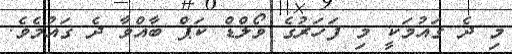
މި ދެ ގައުމަކީ މި ފަހަރުގެ ވޯލްޑް ކަޕް ބާއްވާ ދެ ގައުމެވެ.